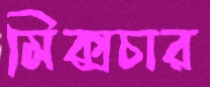
মিক্সচার